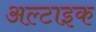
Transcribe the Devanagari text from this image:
अल्टाइक